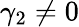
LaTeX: \gamma_{2}\neq 0